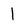
Character: l